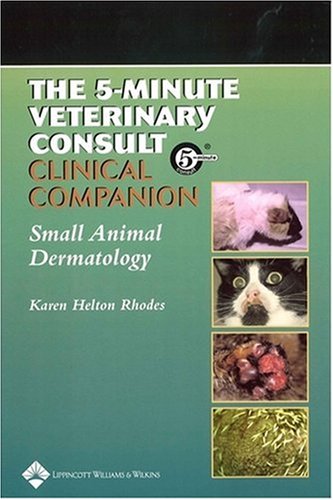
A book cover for The 5-Minute Veterinary Consult Clinical Companion: Small Animal Dermatology; Karen Helton Rhodes; Medical Books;